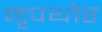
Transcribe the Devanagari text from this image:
नृपथोर